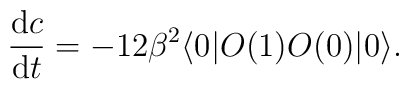
{\mbox{d}c\over\mbox{d}t}=-12\beta^2\langle0|O(1)O(0)|0\rangle.